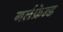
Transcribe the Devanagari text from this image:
गर्लफ्रेन्ड